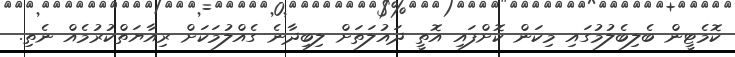
ކޮމެޓީން ބެލިބެލުމުގައި މިކަން ކޮށްފައި އޮތީ ދައުލަތަށް ލިބިދާނެ ގެއްލުމަކަށް ރިއާޔަތްކުރުމެއް ނެތި.